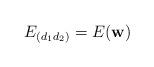
LaTeX: \begin{align*}E_{(d_1d_2)}=E(\mathbf{w})\end{align*}